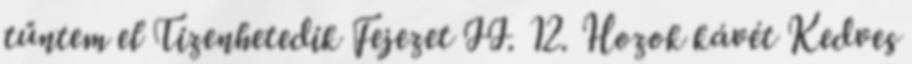
tűntem el Tizenhetedik Fejezet II. 12. Hozok kávét Kedves